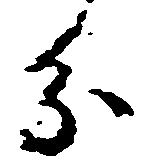
分